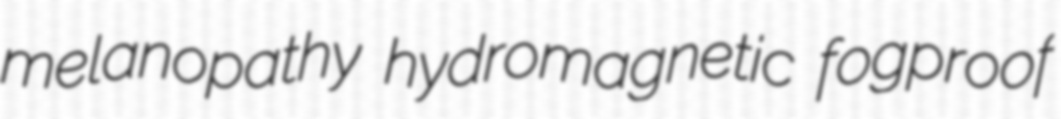
melanopathy hydromagnetic fogproof